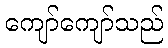
ကျော်ကျော်သည်